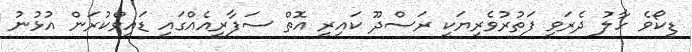
ޑީކޯވެ ހާލު ދެރަވި ފަތުރުވެރިޔަކީ ރަސްދޫ ކައިރީ އޮތް ސަފާރީއެއްގައި ޑައިވްކުރަން އުޅުނު